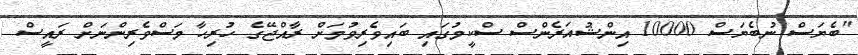
"ބެޔަސް ނުބެޔަސް 10000 އިންޝުއަރެންސް ސްކީމުގައި ބައިވެރިވުމަށް ރާއްޖޭގެ ހުރިހާ މަސްވެރިންނަށް ރައީސް